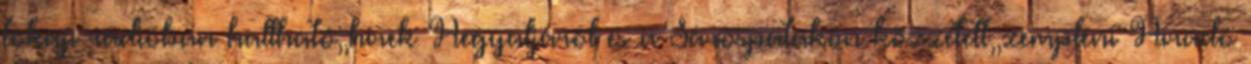
tokaji rádióban hallható,,hírek Hegyaljáról és a Sárospatakon közzétett,,zempléni Híradó